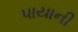
પાયાની